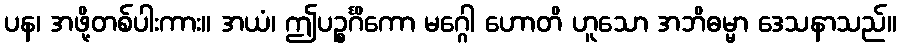
ပန၊ အဖို့တစ်ပါးကား။ အယံ၊ ဤပဉ္စင်္ဂိကော မဂ္ဂေါ ဟောတိ ဟူသော အဘိဓမ္မာ ဒေသနာသည်။